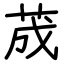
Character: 荿